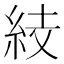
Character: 𥿔